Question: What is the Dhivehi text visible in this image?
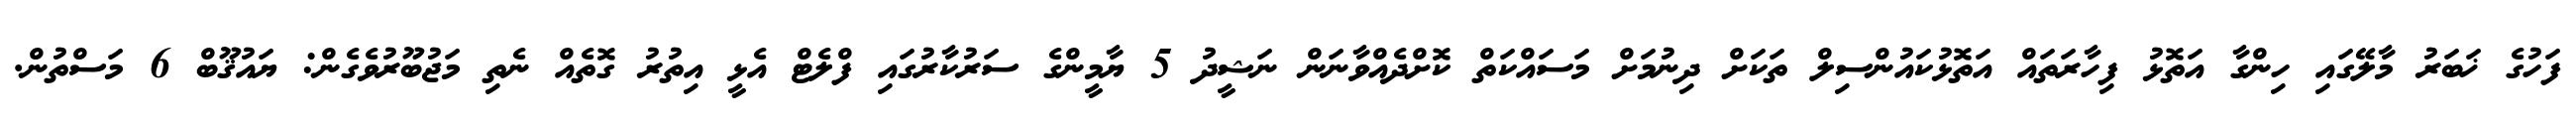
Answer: ފަހުގެ ޚަބަރު މާލޭގައި ހިންގާ އަތޮޅު ފިހާރަތައް އަތޮޅުކައުންސިލް ތަކަށް ދިނުމަށް މަސައްކަތް ކޮށްދެއްވާނަން ނަޝީދު 5 ޔާމީންގެ ސަރުކާރުގައި ފްލެޓް އެޅީ އިތުރު ގޮތެއް ނެތި މަޖުބޫރުވެގެން: ޔައުޤޫބް 6 މަސްތުން.